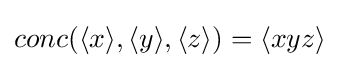
conc(\langle x\rangle ,\langle y\rangle ,\langle z\rangle )=\langle xyz\rangle